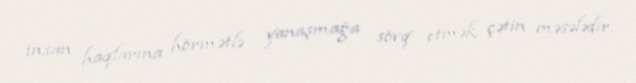
insan haqlarına hörmətlə yanaşmağa sövq etmək çətin məsələdir.